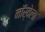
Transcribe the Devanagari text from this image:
नॉर्वेला